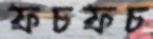
ফচফচ